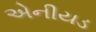
એનીયડ